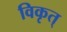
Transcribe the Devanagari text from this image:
विकृत्